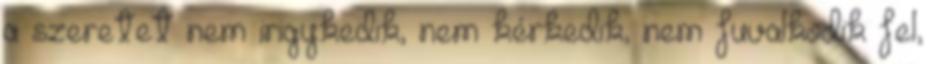
a szeretet nem irigykedik, nem kérkedik, nem fuvalkodik fel,